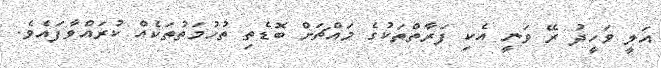
އަލީ ވަހީދު ރޭ ވަނީ އެކި ފަރާތްތަކުގެ މައްޗަށް ބޮޑެތި ތުހުމަތުތަކެއް ކުރައްވާފައެވެ.